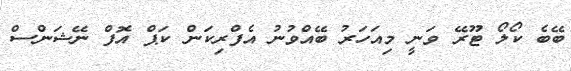
ބޭބެ ކޯލޯ ޓޫރޭ ވަނީ މިއަހަރު ބޭއްވުނު އެފްރިކަން ކަޕް އޮފް ނޭޝަންސް